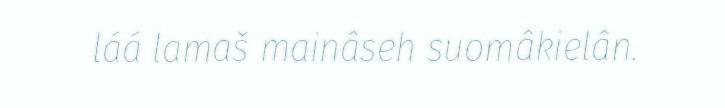
láá lamaš mainâseh suomâkielân.